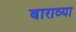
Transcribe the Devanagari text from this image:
बाराव्‍या